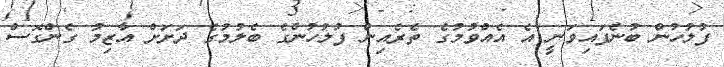
ފުލުހުން ބުނެފައިވަނީ އެ އެއްވުމުގެ ތެރެއިން ފުލުހުންގެ ބެލުމުގެ ދަށަށް އާޒިމު ގެންގޮސް